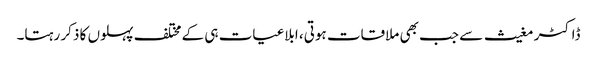
ڈاکٹر مغیث سے جب بھی ملاقات ہوتی، ابلاغیات ہی کے مختلف پہلوں کا ذکر رہتا۔